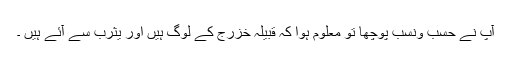
آپؐ نے حسب ونسب پوچھا تو معلوم ہوا کہ قبیلہ خزرج کے لوگ ہیں اور یثرب سے آئے ہیں ۔